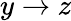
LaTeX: y\to z